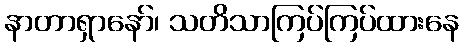
နာတာရှာနော်၊ သတိသာကြပ်ကြပ်ထားနေ